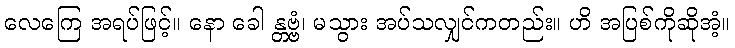
လေကြေ အရပ်ဖြင့်။ နော ခေါ န္တဗ္ဗံ၊ မသွား အပ်သလျှင်ကတည်း။ ဟိ အပြစ်ကိုဆိုအံ့။